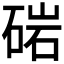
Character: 𮵓